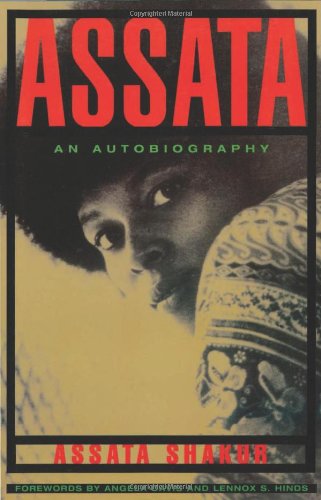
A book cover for Assata: An Autobiography; Assata Shakur; Biographies & Memoirs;